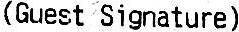
(GUEST SIGNATURE)